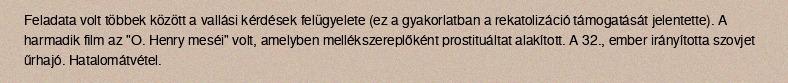
Feladata volt többek között a vallási kérdések felügyelete (ez a gyakorlatban a rekatolizáció támogatását jelentette). A harmadik film az "O. Henry meséi" volt, amelyben mellékszereplőként prostituáltat alakított. A 32., ember irányította szovjet űrhajó. Hatalomátvétel.